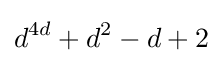
d^{4d}+d^{2}-d+2